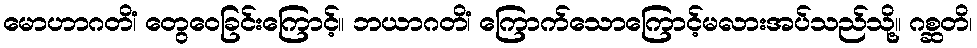
မောဟာဂတိံ၊ တွေဝေခြင်းကြောင့်။ ဘယာဂတိံ၊ ကြောက်သောကြောင့်မလားအပ်သည်သို့။ ဂစ္ဆတိ၊